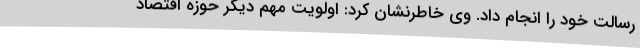
رسالت خود را انجام داد. وی خاطرنشان کرد: اولویت مهم دیگر حوزه اقتصاد